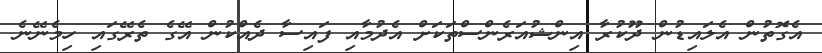
އެގޮތުން އެލައިޑުން ދޫކުރާ އިންޝުއަރެންސްތަކަށް އެދުމާއި ފައިސާ ދެއްކުން އޭގެ ތެރޭގައި ހިމެނޭނެ